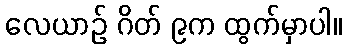
လေယာဉ် ဂိတ် ၉က ထွက်မှာပါ။